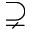
\supsetneq